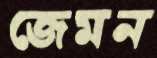
জেমন